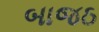
બાજઠ